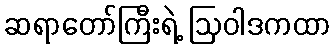
ဆရာတော်ကြီးရဲ့ ဩဝါဒကထာ